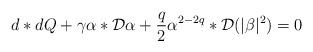
LaTeX: \begin{align*}d*dQ + \gamma\alpha *{\cal{D}}\alpha + \frac{q}{2}\alpha^{2-2q} *{\cal{D}}(|\beta|^2) = 0\end{align*}